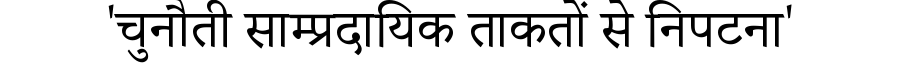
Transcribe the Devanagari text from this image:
'चुनौती साम्प्रदायिक ताकतों से निपटना'